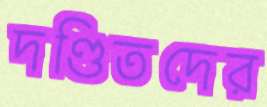
দণ্ডিতদের